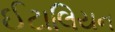
ઈટાલિયન